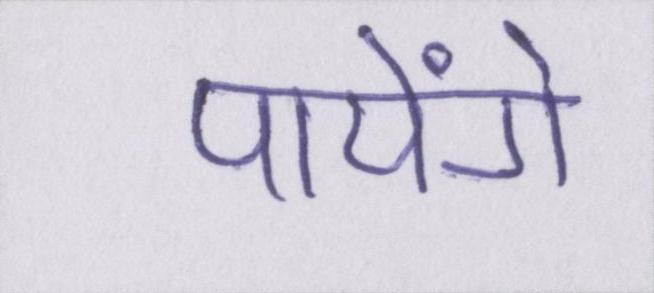
पायेंगे